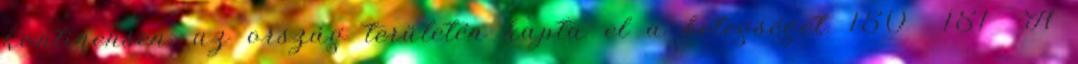
kontinensen, az ország területén kapta el a betegséget. 150 151 A